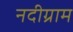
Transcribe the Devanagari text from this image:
नदीग्राम